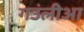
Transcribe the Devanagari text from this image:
गउंलीआ